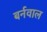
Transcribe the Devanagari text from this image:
बर्नवाल